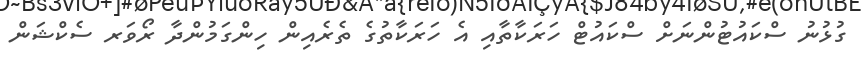
ގުޅުނު ސްކައުޓުންނަށް ސްކައުޓް ހަރަކާތާއި އެ ހަރަކާތުގެ ތެރެއިން ހިންގަމުންދާ ރޯވަރ ސެކްޝަން